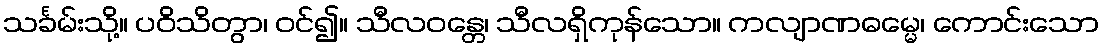
သင်္ခမ်းသို့။ ပဝိသိတွာ၊ ဝင်၍။ သီလဝန္တေ၊ သီလရှိကုန်သော။ ကလျာဏဓမ္မေ၊ ကောင်းသော